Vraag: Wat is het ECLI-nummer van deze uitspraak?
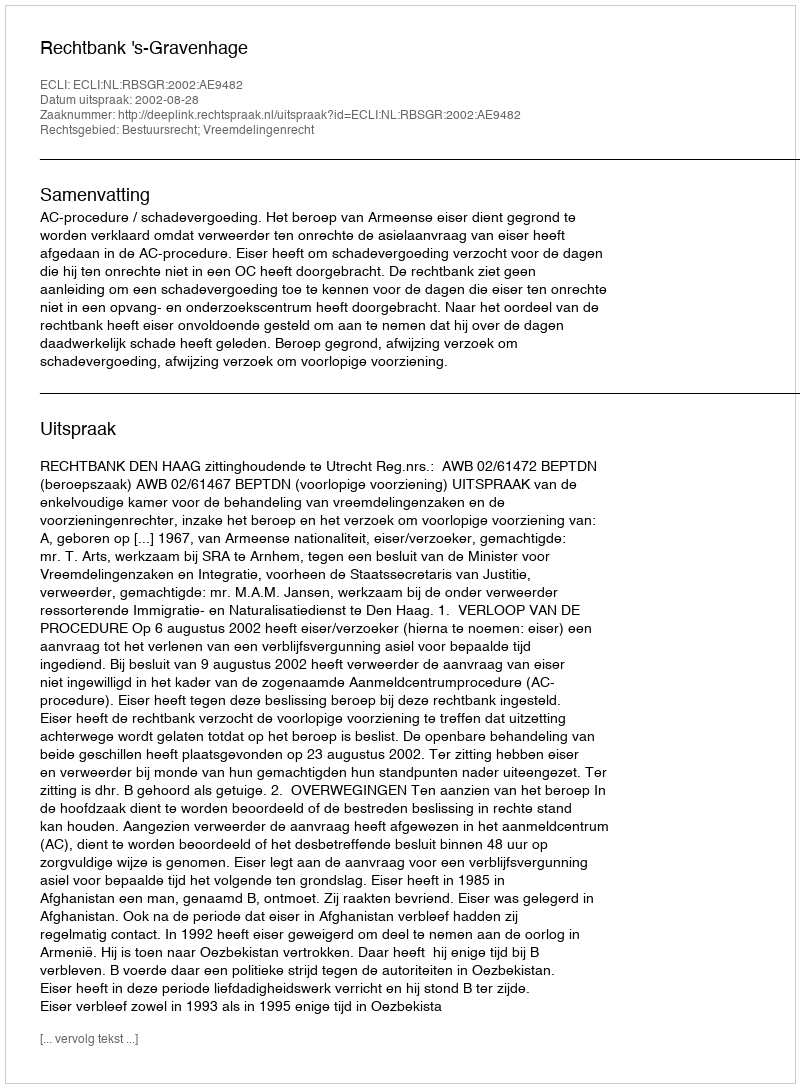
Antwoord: ECLI:NL:RBSGR:2002:AE9482